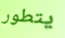
يتطور